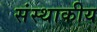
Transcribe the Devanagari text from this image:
संस्थाकीय